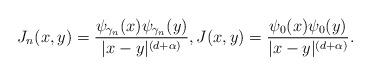
LaTeX: \begin{align*}J_n(x, y)=\frac{\psi_{\gamma_n}(x)\psi_{\gamma_n}(y)}{|x-y|^{(d+\alpha)}}, J(x, y)=\frac{\psi_{0}(x)\psi_{0}(y)}{|x-y|^{(d+\alpha)}}.\end{align*}